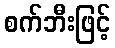
စက်ဘီးဖြင့်